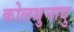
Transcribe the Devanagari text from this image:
कोलथुनादु